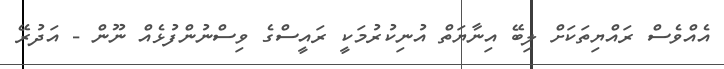
އެއްވެސް ރައްޔިތަކަށް ލިބޭ އިނާޔަތް އުނިކުރުމަކީ ރައީސްގެ ވިސްނުންފުޅެއް ނޫން - އަދުރޭ